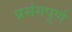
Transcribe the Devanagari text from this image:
प्रसंगपूर्ण